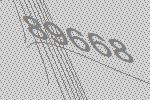
89668